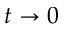
t \rightarrow 0